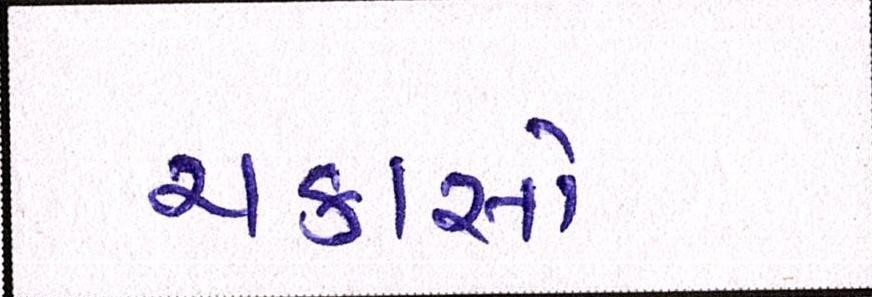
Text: ચકાસો